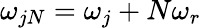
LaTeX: \omega_{jN}=\omega_{j}+N\omega_{r}